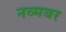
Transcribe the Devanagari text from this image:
नव्मबर